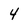
Character: 4